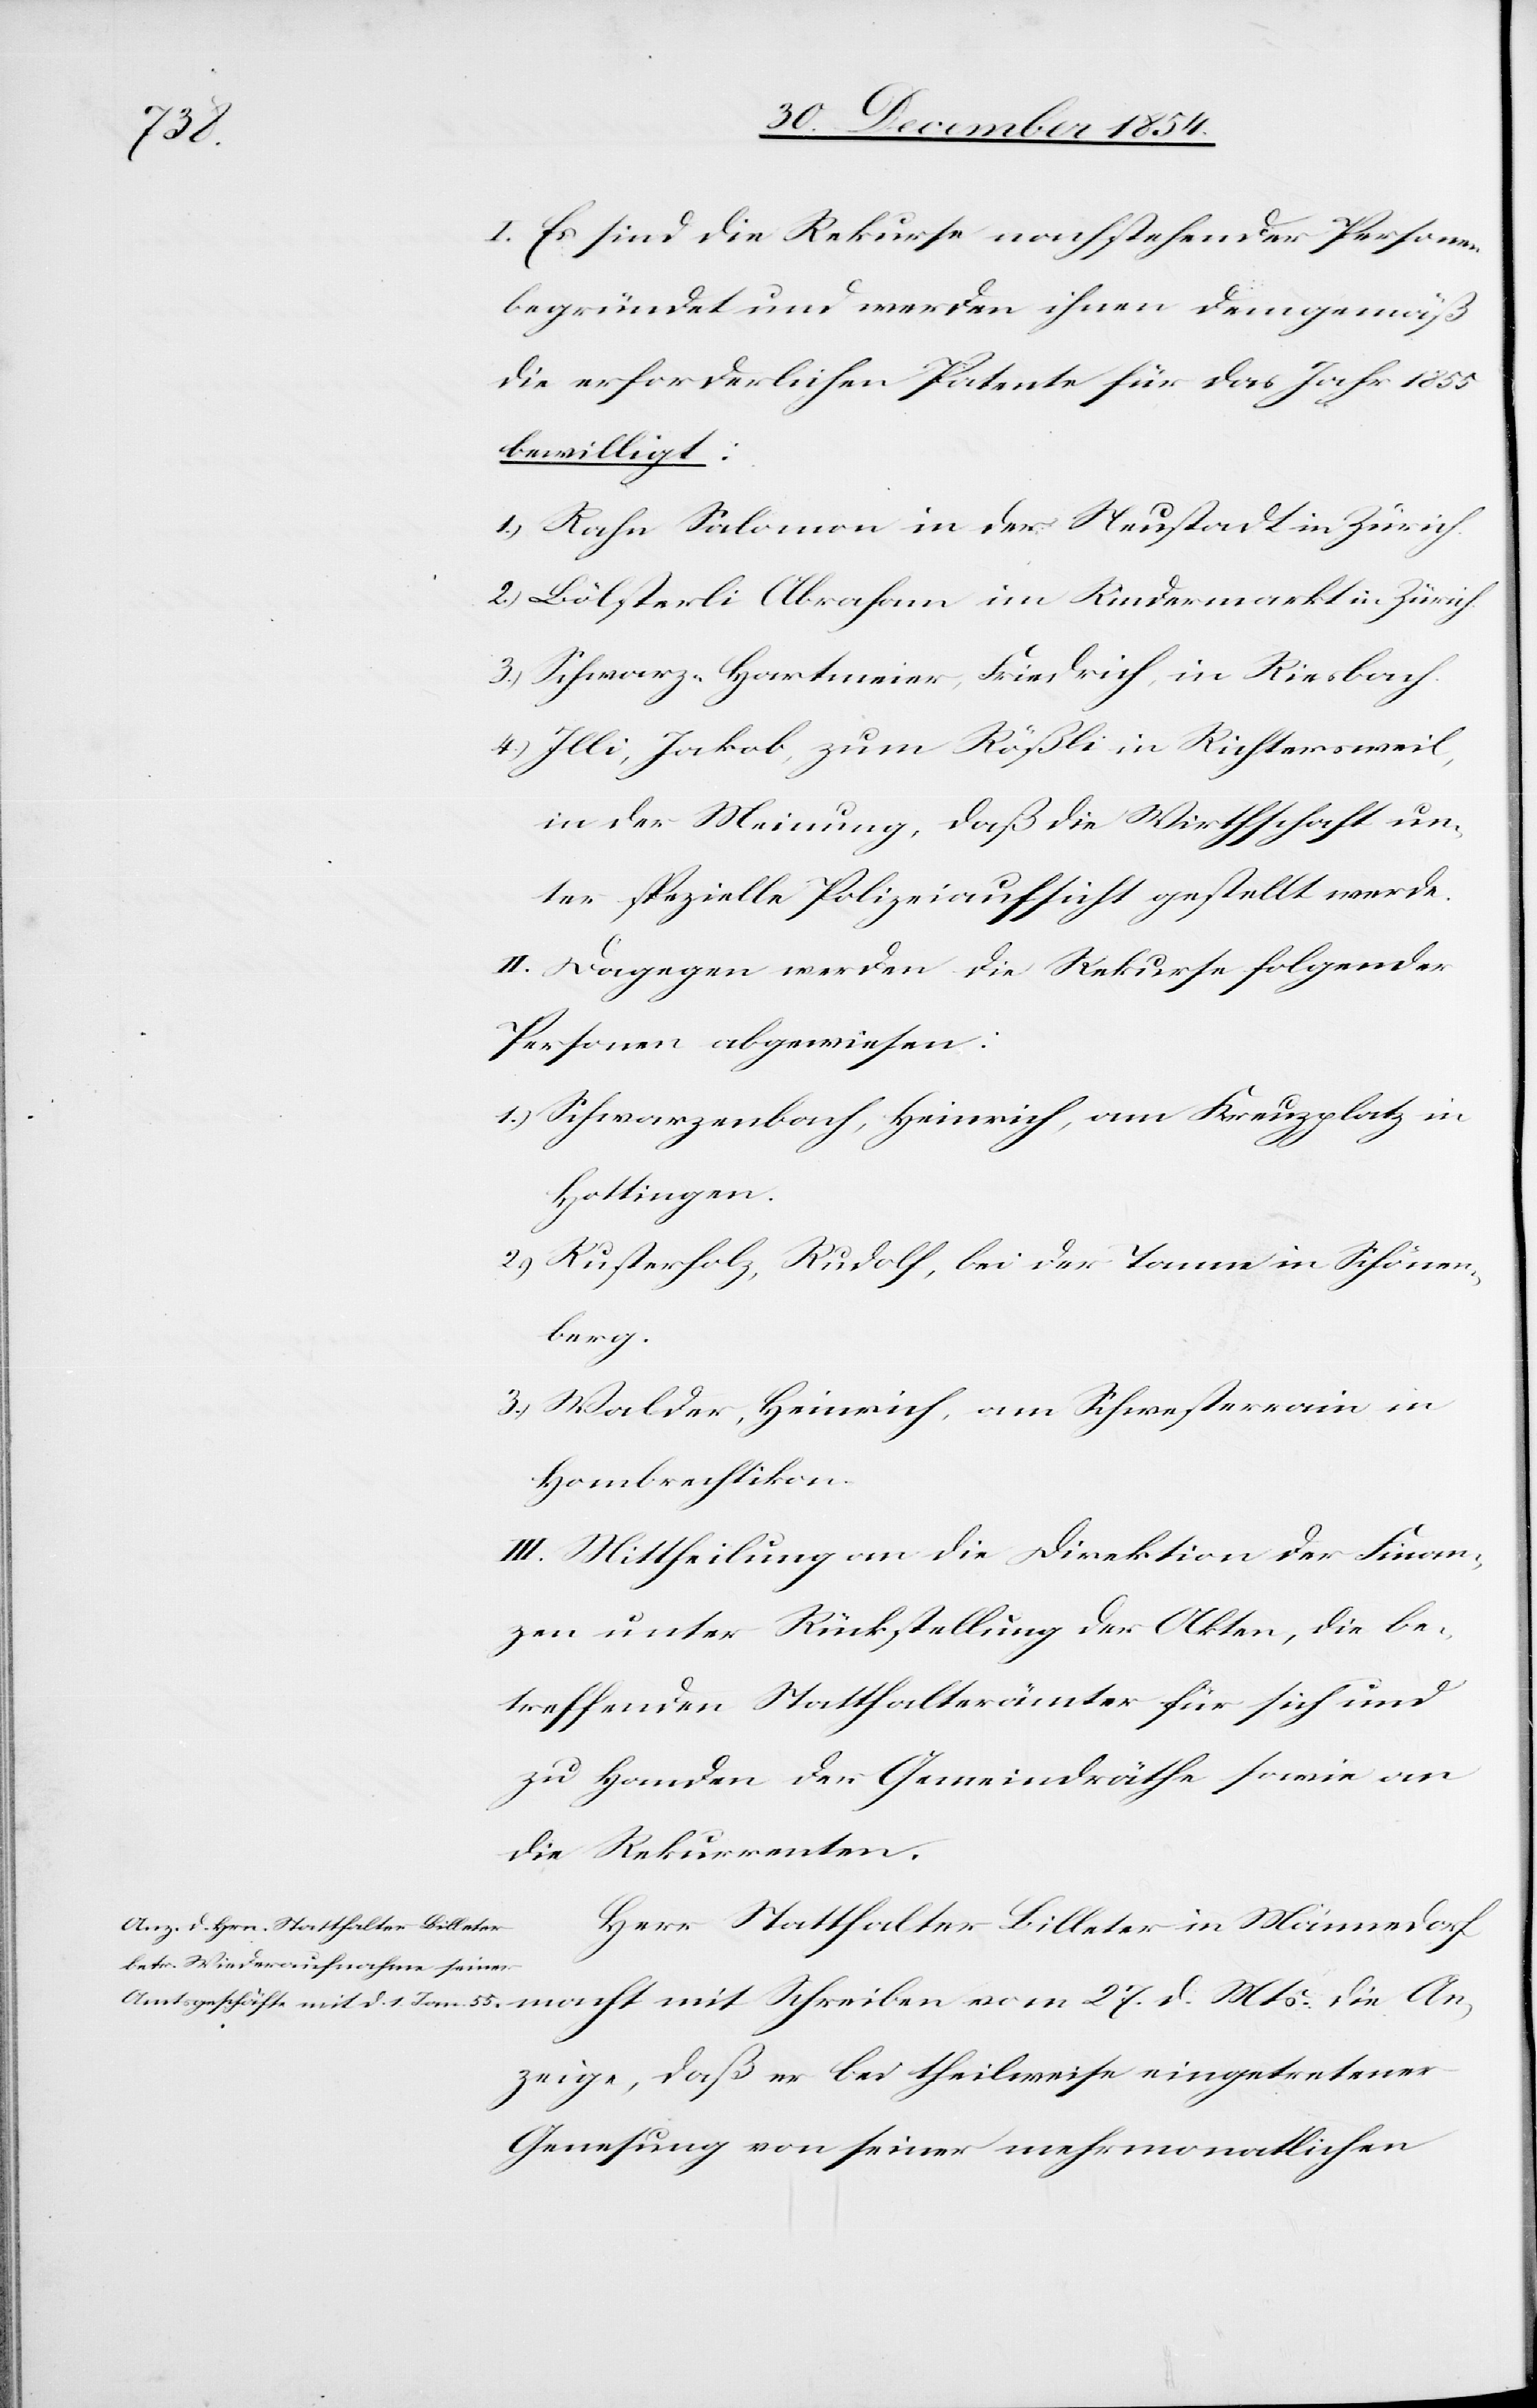
Mts.

I. Es sind die Rekurse nachstehender Personen
begründet und werden ihnen demgemäß
die erforderlichen Patente für das Jahr 1855
bewilligt:
1.) Rahn Salomon in der Neustadt in Zürich.
2.) Bölsterli Abraham im Rindermarkt in Zürich.
3.) Schwarz-Hartmeier, Friedrich, in Riesbach.
4.) Illi, Jakob, zum Rößli in Richtersweil,
in der Meinung, daß die Wirthschaft un¬
ter spezielle Polizeiaufsicht gestellt werde.
II. Dagegen werden die Rekurse folgender
Personen abgewiesen:
1.) Schwarzenbach, Heinrich, am Kreuzplatz in
Hottingen.
2.) Rusterholz, Rudolf, bei der Tanne in Schönen¬
berg.
3.) Walder, Heinrich, am Schwesterrain in
Hombrechtikon.
III. Mittheilung an die Direktion der Finan¬
zen unter Rückstellung der Akten, die be¬
treffenden Statthalterämter für sich und
zu Handen der Gemeindräthe sowie an
die Rekurrenten.
Herr Statthalter Billeter in Männedorf
Anzeige, daß er bei theilweise eingetretener
Genesung von seiner mehrmonatlichen